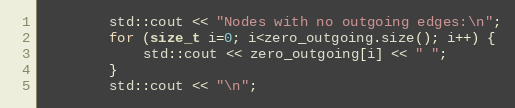
Language: C++
        std::cout << "Nodes with no outgoing edges:\n";
        for (size_t i=0; i<zero_outgoing.size(); i++) {
            std::cout << zero_outgoing[i] << " ";
        }
        std::cout << "\n";